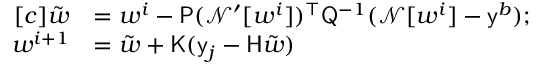
\begin{array} { r l } { [ c ] \tilde { \boldsymbol { w } } } & { = \boldsymbol { w } ^ { i } - \mathsf { P } ( \mathcal { N ^ { \prime } } [ \boldsymbol { w } ^ { i } ] ) ^ { \top } \mathsf { Q } ^ { - 1 } ( \mathcal { N } [ \boldsymbol { w } ^ { i } ] - \mathsf { y } ^ { \boldsymbol { b } } ) \mathrm { ; } } \\ { \boldsymbol { w } ^ { i + 1 } } & { = \tilde { \boldsymbol { w } } + \mathsf { K } ( \mathsf { y } _ { j } - \mathsf { H } \tilde { \boldsymbol { w } } ) } \end{array}